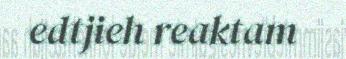
edtjieh reaktam